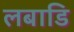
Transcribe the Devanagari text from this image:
लबाडि